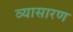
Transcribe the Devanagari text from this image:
व्यासारण